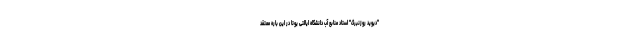
"دیوید روزنبرگ" استاد منابع آب دانشگاه ایالتی یوتا در این باره معتقد